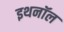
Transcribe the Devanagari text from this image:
इथनॉल